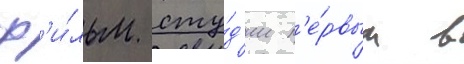
ф'и́льм сту́д'ии п'е́рвым в